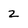
Character: 2